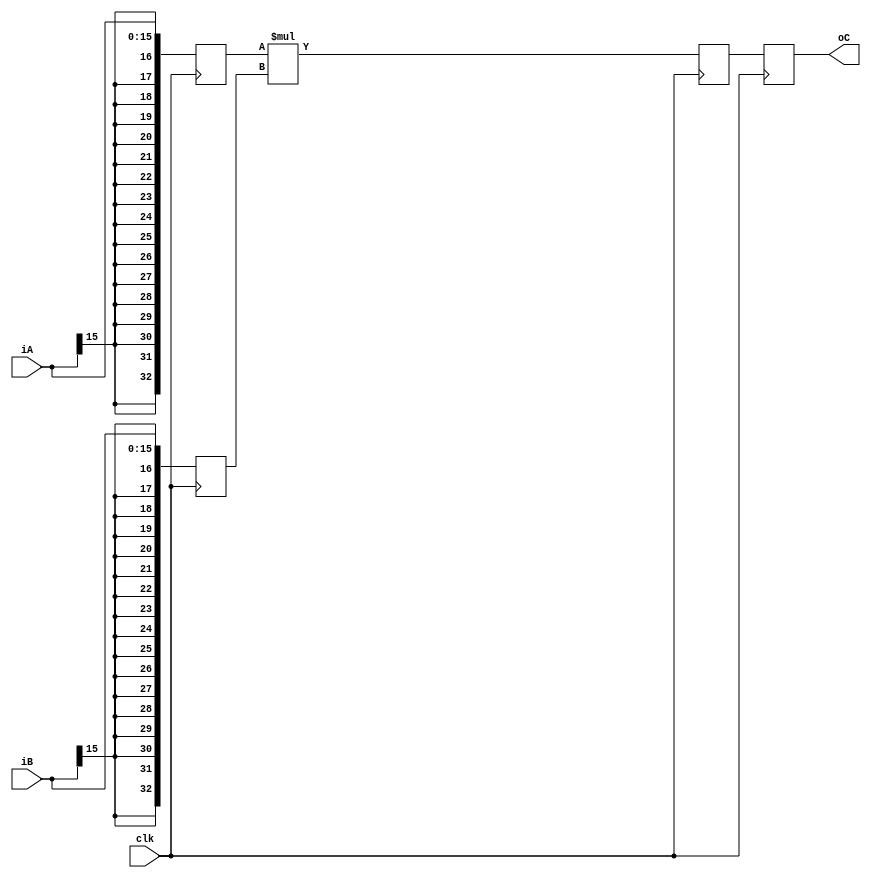
`timescale 1ns/1ps

// latency = LATENCY clks
//
module xmult_signed # (
	parameter BWID_A    = 16,
	parameter BWID_B    = 16,
	parameter MSB_C     = 32,
	parameter LSB_C     =  0,
	parameter LATENCY   =  3 // at least 3
) (
	input wire              	clk,
	input wire [BWID_A-1:0] 	iA,
	input wire [BWID_B-1:0] 	iB,
	output     [MSB_C-LSB_C:0] 	oC
);

	localparam  BWID_C = BWID_A + BWID_B + 1;
  
    reg [BWID_C-1:0] rA;
    reg [BWID_C-1:0] rB;
    reg [BWID_C-1:0] rC [LATENCY :2];    

    integer i=0;
	always@(posedge clk) begin
        rA <= {{(BWID_C-BWID_A){iA[BWID_A-1]}},iA}; 
        rB <= {{(BWID_C-BWID_B){iB[BWID_B-1]}},iB}; 
        rC[2] <= rA * rB;
        for(i=2; i<LATENCY; i=i+1)
			rC[i+1] <= rC[i];
    end
    
    assign oC = rC[LATENCY][MSB_C:LSB_C];
    
endmodule